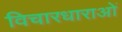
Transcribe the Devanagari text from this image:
विचारधाराओंं